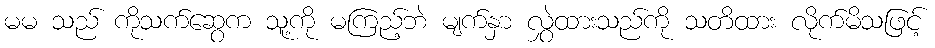
မမ သည် ကိုသက်ဆွေက သူ့ကို မကြည့်ဘဲ မျက်နှာ လွှဲထားသည်ကို သတိထား လိုက်မိသဖြင့်